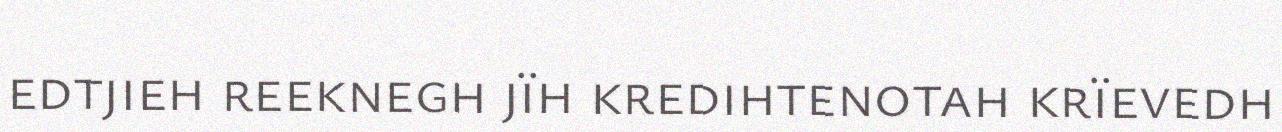
edtjieh reeknegh jïh kredihtenotah krïevedh